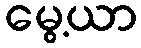
မွေ့ယာ